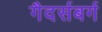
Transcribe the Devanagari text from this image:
गैदर्सबर्ग